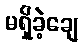
မရှိခဲ့ချေ